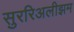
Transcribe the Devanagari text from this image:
सुररिअलीझम